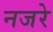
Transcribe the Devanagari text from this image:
नजरे